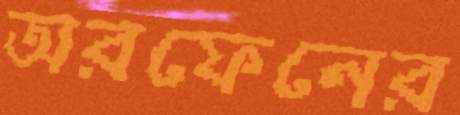
অরফেনের